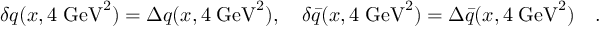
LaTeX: \delta q ( x , 4 \; \mathrm { G e V } ^ { 2 } ) = \Delta q ( x , 4 \; \mathrm { G e V } ^ { 2 } ) , \quad \delta \bar { q } ( x , 4 \; \mathrm { G e V } ^ { 2 } ) = \Delta \bar { q } ( x , 4 \; \mathrm { G e V } ^ { 2 } ) \quad .